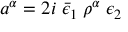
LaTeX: a ^ { \alpha } = 2 i \; \bar { \epsilon } _ { 1 } \; \rho ^ { \alpha } \; \epsilon _ { 2 }